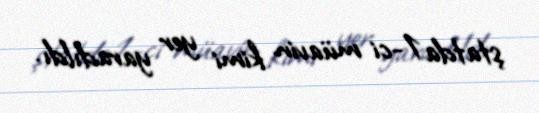
ştatda 1-ci müavin kimi yer yaradıldı.